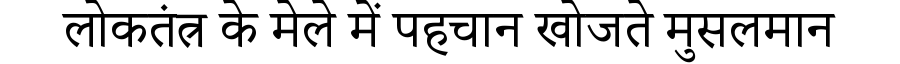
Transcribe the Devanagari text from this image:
लोकतंत्र के मेले में पहचान खोजते मुसलमान